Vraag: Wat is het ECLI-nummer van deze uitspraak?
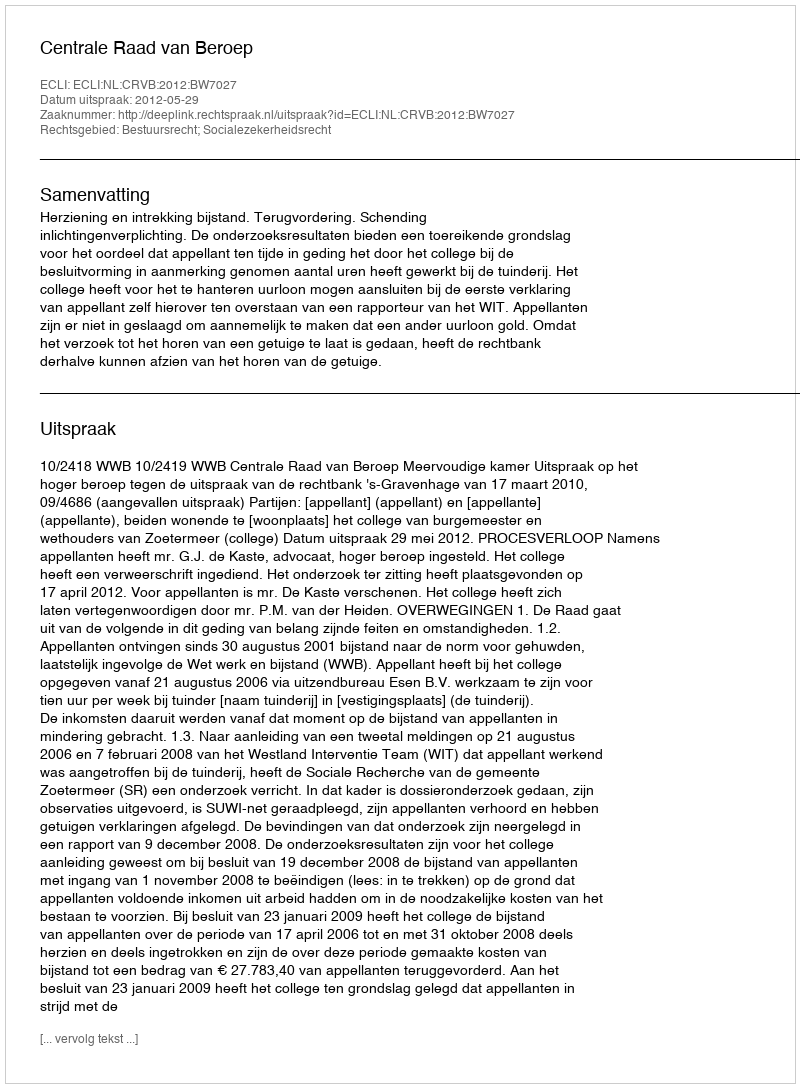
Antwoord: ECLI:NL:CRVB:2012:BW7027